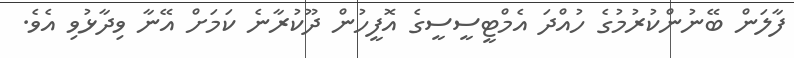
ފާލަން ބޭނުންކުރުމުގެ ހުއްދަ އެމްޓީސީސީގެ އޮފީހުން ދޫކުރާނެ ކަމަށް އޭނާ ވިދާޅުވި އެވެ.